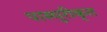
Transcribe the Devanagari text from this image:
पास्चुरीकृत